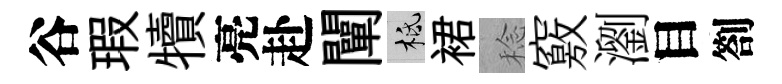
谷瑕犢亮赴闡柢裙稔竅瀏目劄